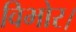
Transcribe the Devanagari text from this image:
विभोर।